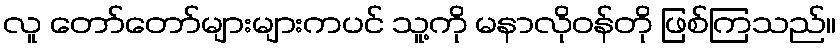
လူ တော်တော်များများကပင် သူ့ကို မနာလိုဝန်တို ဖြစ်ကြသည်။